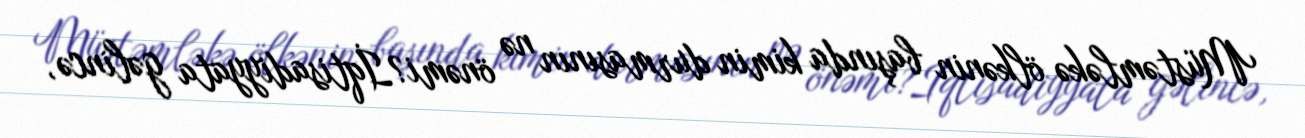
Müstəmləkə ölkənin başında kimin durmasının nə önəmi?İqtisadiyyata gəlincə,